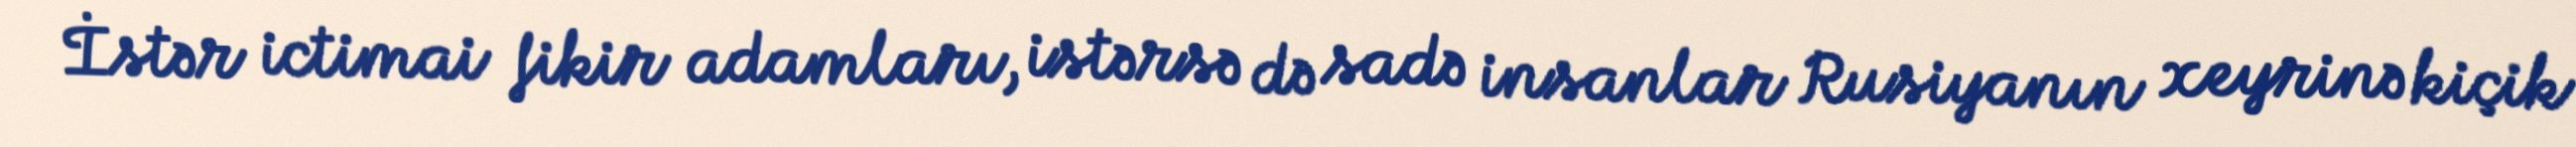
İstər ictimai fikir adamları, istərsə də sadə insanlar Rusiyanın xeyrinə kiçik